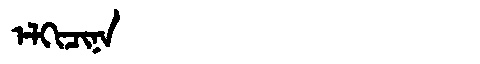
Manchu: ᡝᠯᡴᡳᠴᡳᠨᠠ
Romanization: ELKICINA